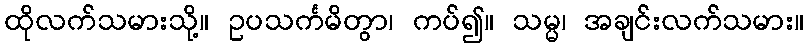
ထိုလက်သမားသို့။ ဥပသင်္ကမိတွာ၊ ကပ်၍။ သမ္မ၊ အချင်းလက်သမား။